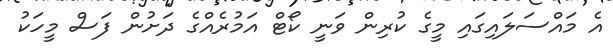
އެ މައްސަލައިގައި މީގެ ކުރިން ވަނީ ކޯޓް އަމުރެއްގެ ދަށުން ފަސް މީހަކު